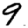
Digit: 9